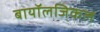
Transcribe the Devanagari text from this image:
बायॉलजिकल